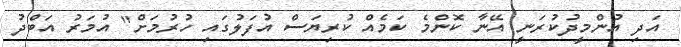
އަދި އުންމީދުކުރަނީ އޭނާ ކޮންމެ ކަމެއް ކުރިޔަސް އުފަލުގައި ހުރުމަށް" އުމަރު އަބްދު